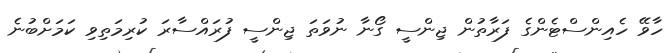
ހާވޭ ހެއިންސްޓެންގެ ފަރާތުން ޖިންސީ ގޯނާ ނުވަތަ ޖިންސީ ފުރައްސާރަ ކުރިމަތިވި ކަމަށްބުނެ